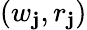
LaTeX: (w_{\mathbf{j}},r_{\mathbf{j}})